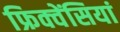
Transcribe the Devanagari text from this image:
फ्रिक्वेंसियां